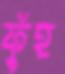
ফুঁহ